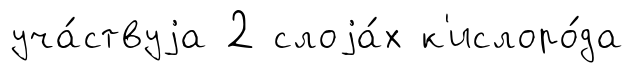
уча́ствуjа 2 слоjа́х к'ислоро́да